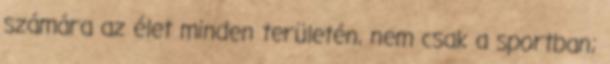
számára az élet minden területén, nem csak a sportban;